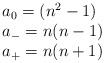
\begin{align*}\begin{array}{lcr} a_{0}= ({n^2}-1)\\a_{-}= n(n-1)\\a_{+}= n(n+1)\end {array}\end{align*}